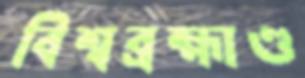
বিশ্বব্রহ্মাণ্ড